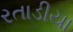
રતાડીયા